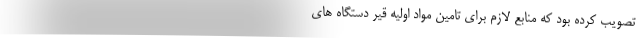
تصویب کرده بود که منابع لازم برای تامین مواد اولیه قیر دستگاه های